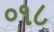
૦૧૮